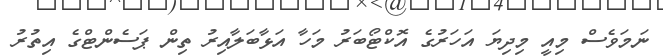
ނަމަވެސް މިއީ މިދިޔަ އަހަރުގެ އޮކްޓޯބަރު މަހާ އަޅާބަލާއިރު ތިން ޕަސެންޓްގެ އިތުރު